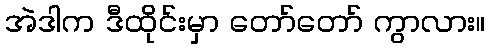
အဲဒါက ဒီထိုင်းမှာ တော်တော် ကွာလား။